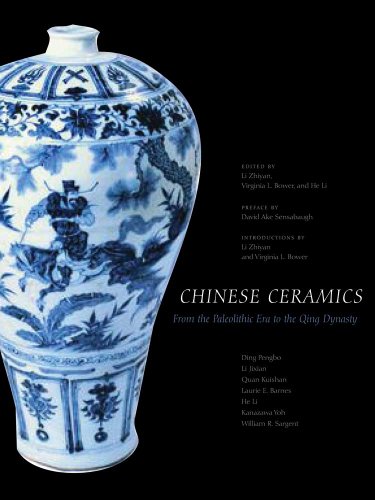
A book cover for Chinese Ceramics: From the Paleolithic Period through the Qing Dynasty (The Culture & Civilization of China); Laurie Barnes; Crafts, Hobbies & Home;